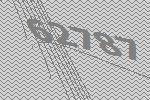
62787